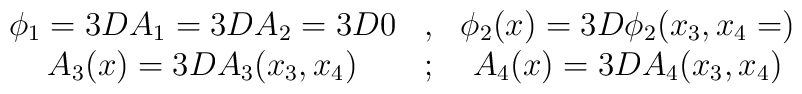
\begin{array}{ccc} \phi_1=3DA_1=3DA_2=3D0 & ,& \phi_2(x)=3D\phi_2(x_3,x_4=) \\    A_3(x)=3DA_3(x_3,x_4)  &; & A_4(x)=3DA_4(x_3,x_4) \end{array}